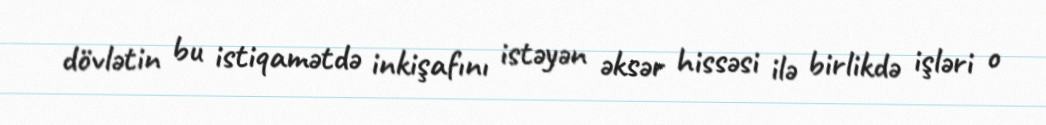
dövlətin bu istiqamətdə inkişafını istəyən əksər hissəsi ilə birlikdə işləri o